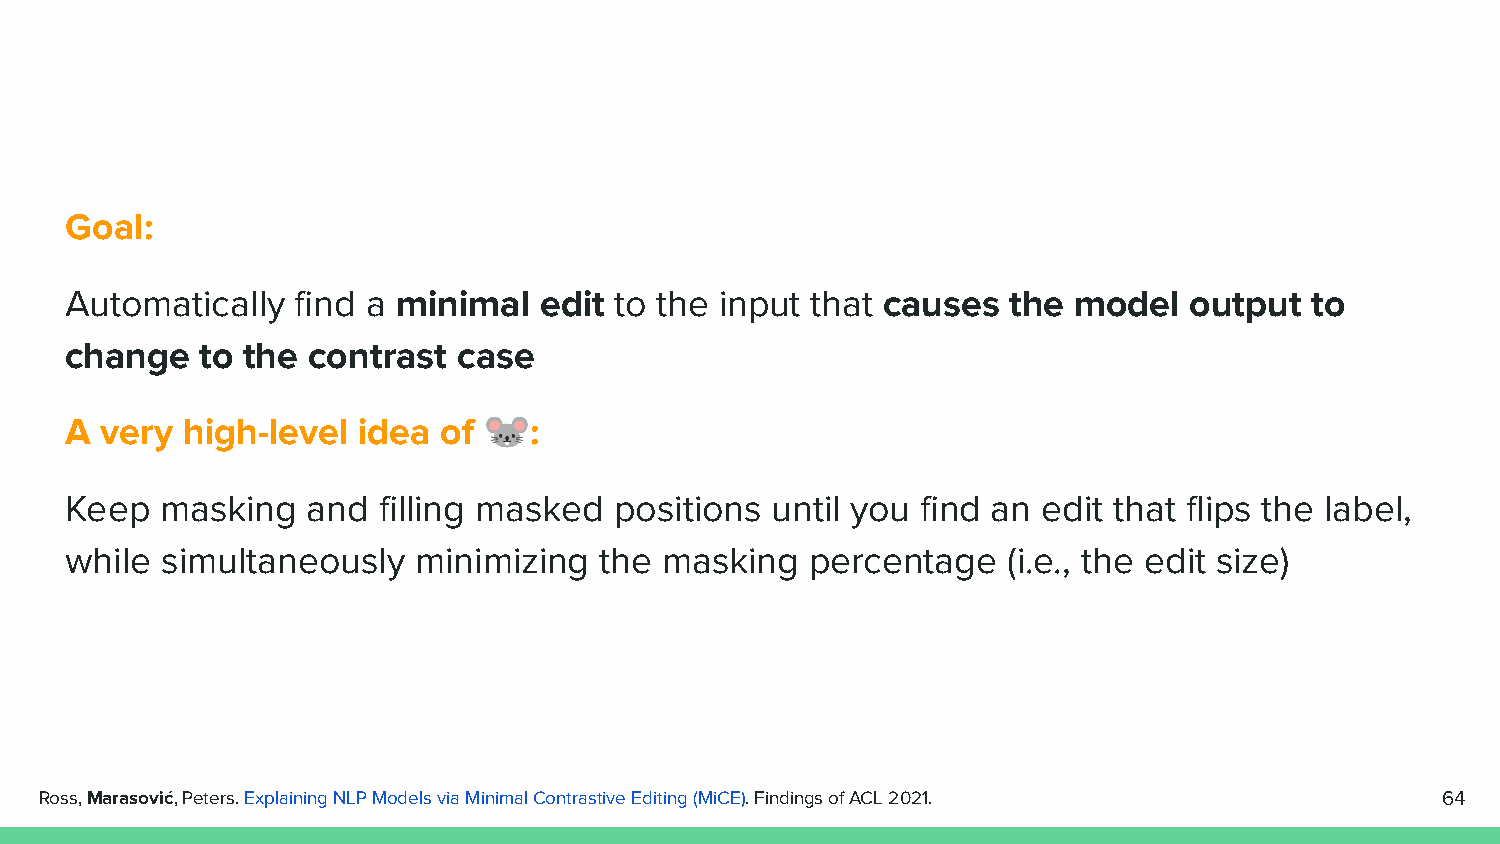
Goal:
 Automatically   find a minimal  edit to the input that causes  the model   output  to
 change   to the contrast  case
 A  very high-level  idea of 🐭:
 Keep   masking  and  filling masked  positions until you find an edit that flips the label,
 while  simultaneously  minimizing   the masking   percentage   (i.e., the edit size)
 Ross, Marasović, Peters. Explaining NLP Models via Minimal Contrastive Editing (MiCE). Findings of ACL 2021. 64